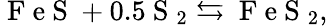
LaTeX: \mathrm{~F~e~S~}+0.5\mathrm{~S~}_{2}\leftrightarrows\mathrm{~F~e~S~}_{2},